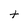
Character: t